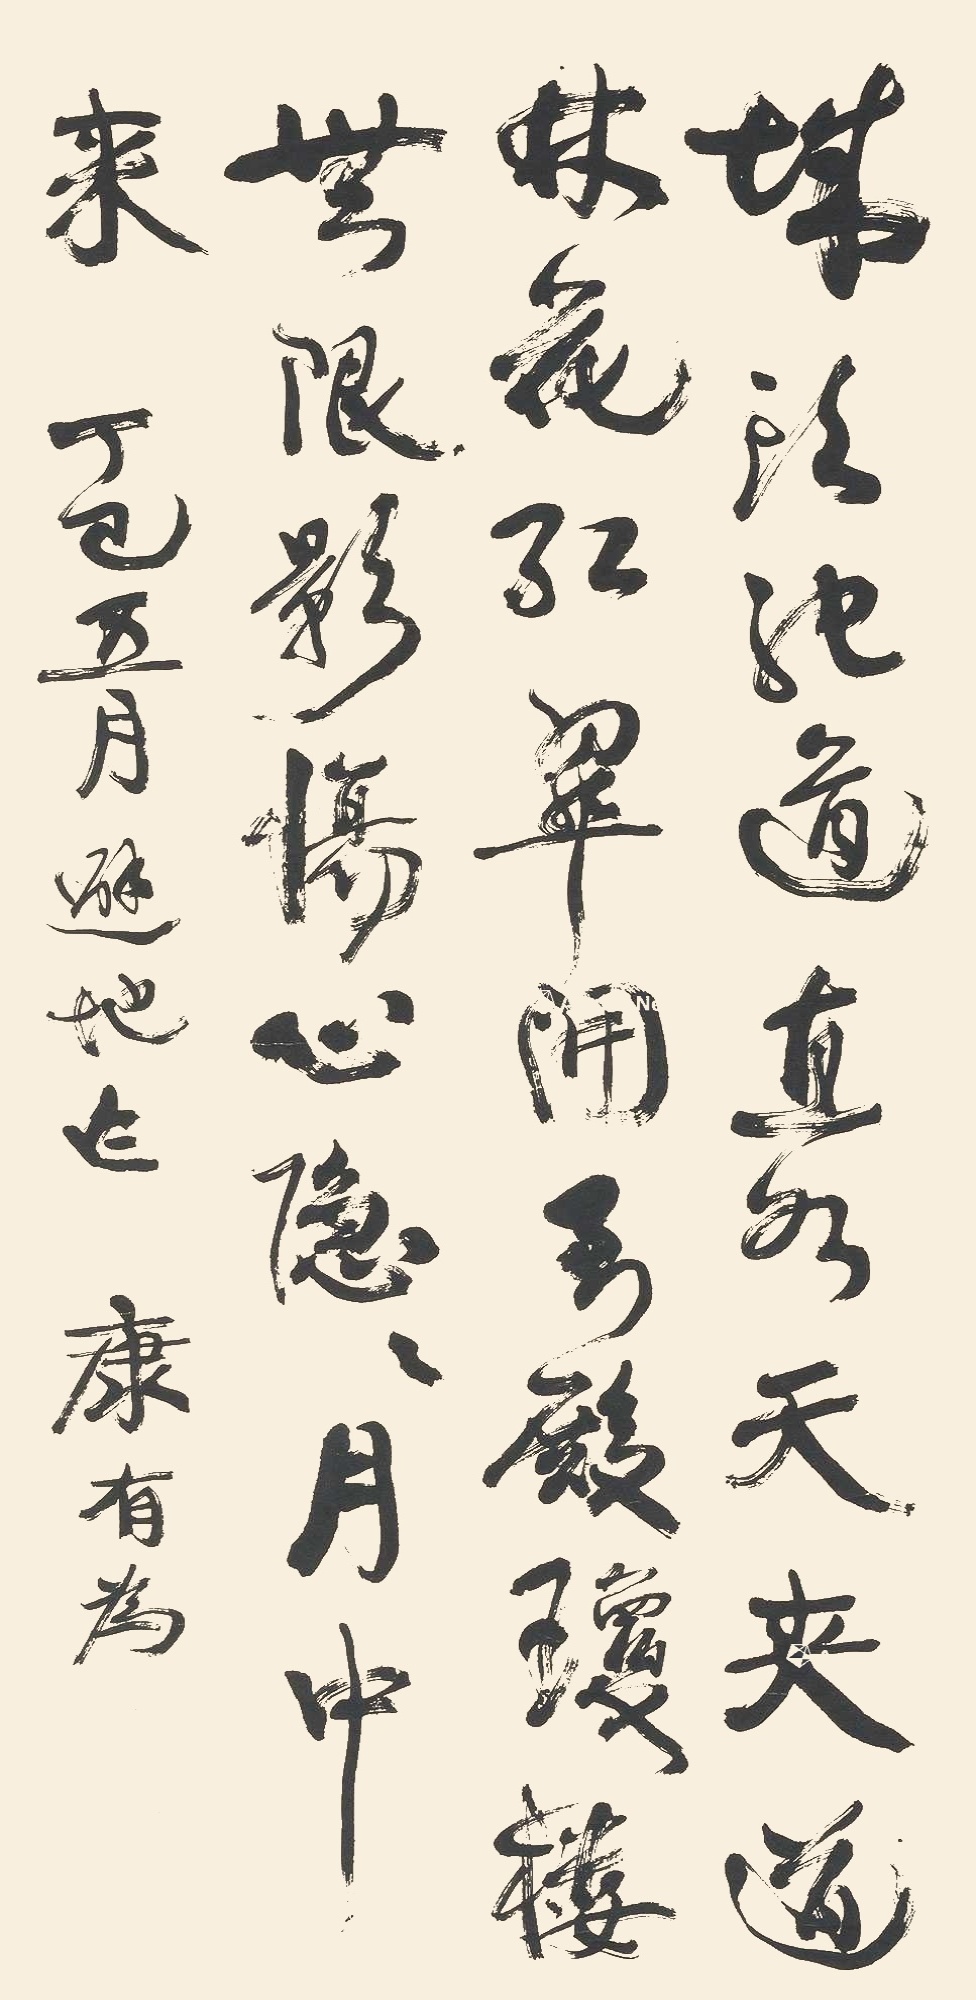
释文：城头驰道直如天，夹道林花红翠开。玉殿琼楼无限影，伤心隐隐月中来。丁巳五月避地作。康有为。